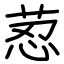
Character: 荵